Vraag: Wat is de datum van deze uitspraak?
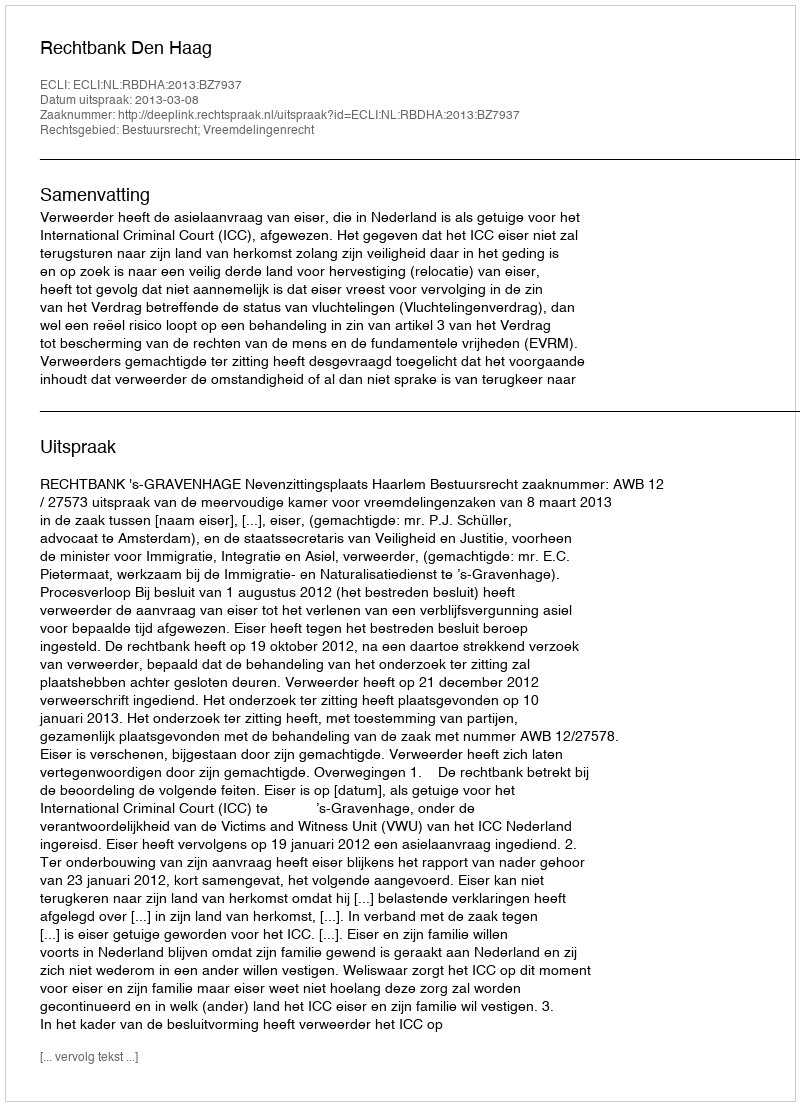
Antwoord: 2013-03-08